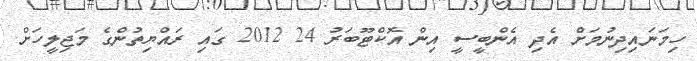
ހިމަނައިދިނުމަށް އެދި އެންބީސީ އިން އޮކްޓޫބަރު 24 2012 ގައި ރައްޔިތުންގެ މަޖިލީހަށް